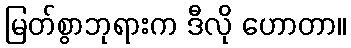
မြတ်စွာဘုရားက ဒီလို ဟောတာ။